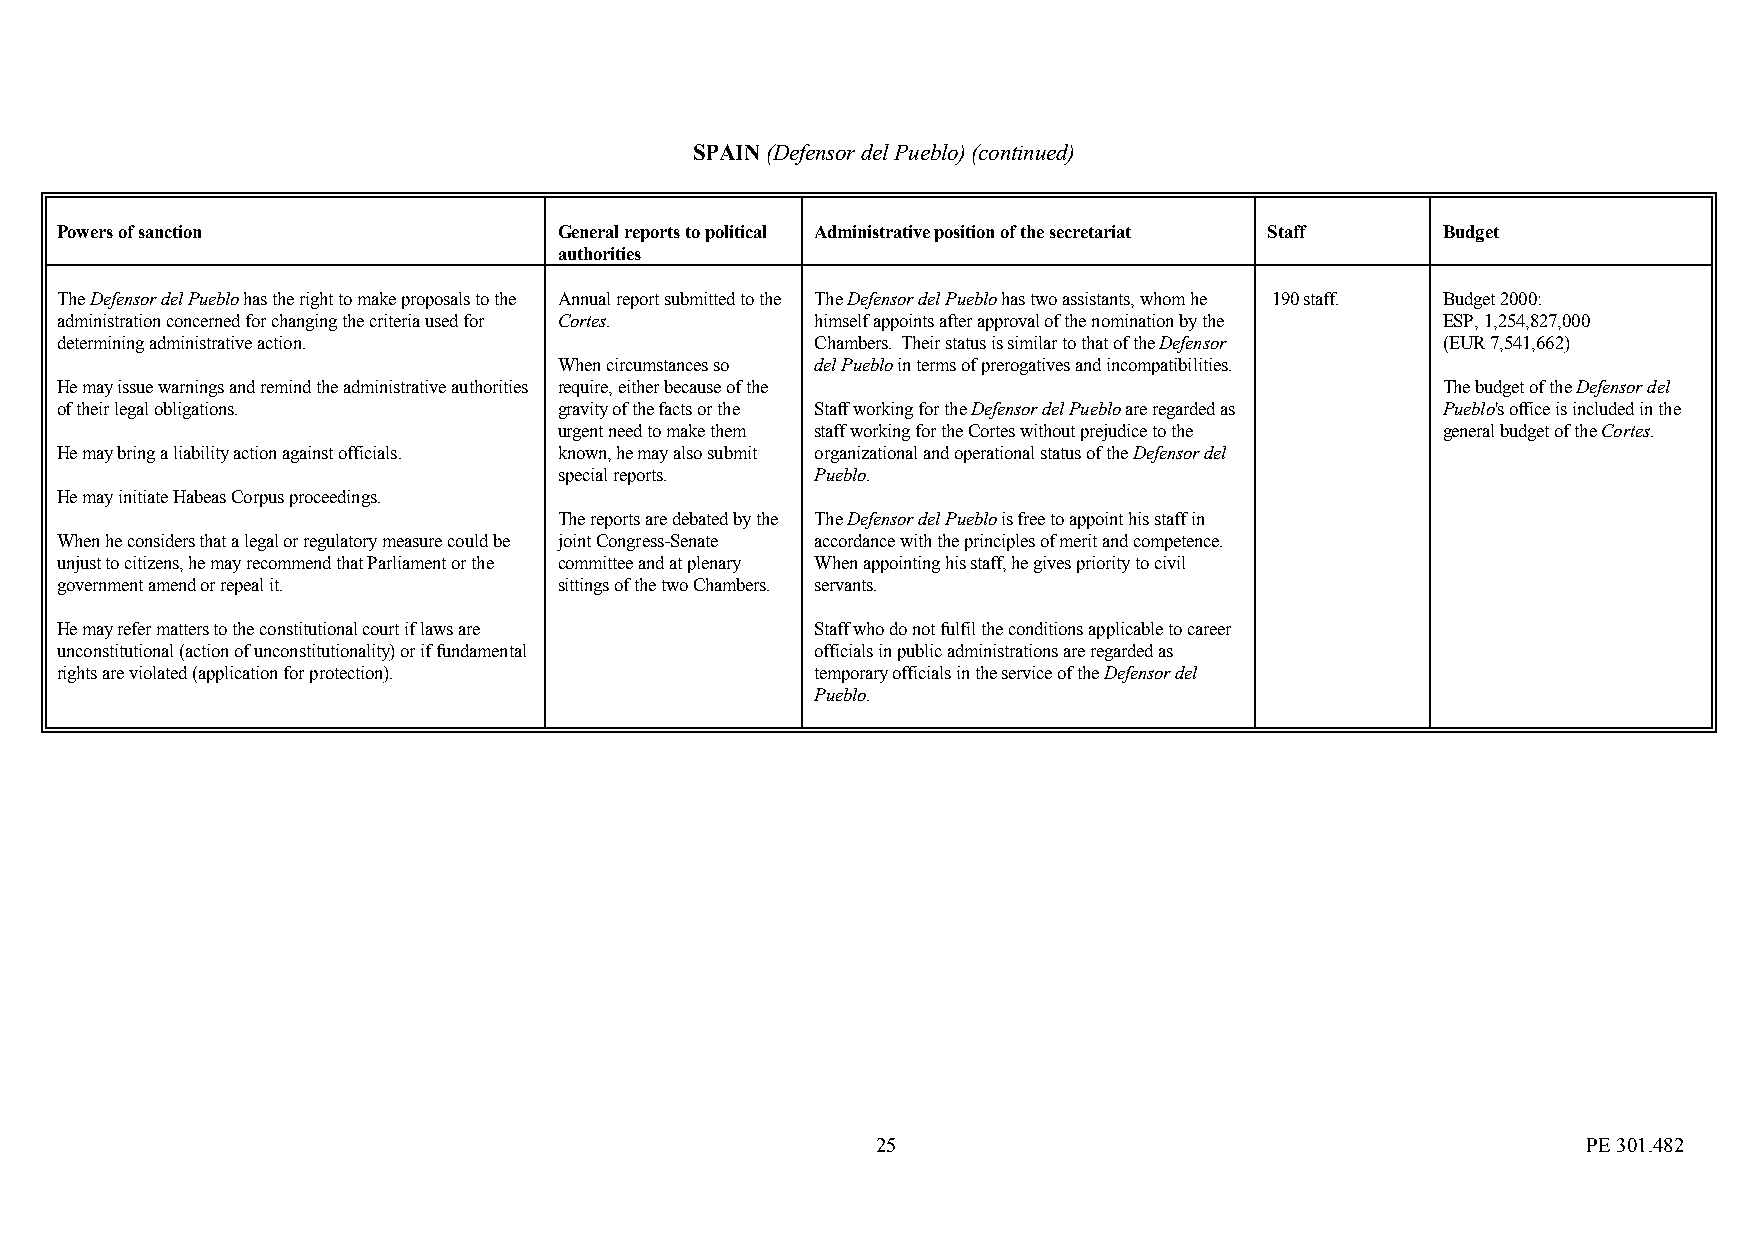
SPAIN (Defensor del Pueblo) (continued)
 Powers of sanction               General reports to political Administrative position of the secretariat Staff Budget
 authorities
 The Defensor del Pueblo has the right to make proposals to the Annual report submitted to the The Defensor del Pueblo has two assistants, whom he 190 staff. Budget 2000:
 administration concerned for changing the criteria used for Cortes. himself appoints after approval of the nomination by the ESP, 1,254,827,000
 determining administrative action.                Chambers. Their status is similar to that of the Defensor (EUR 7,541,662)
 When circumstances so del Pueblo in terms of prerogatives and incompatibilities.
 He may issue warnings and remind the administrative authorities require, either because of the The budget of the Defensor del
 of their legal obligations.      gravity of the facts or the Staff working for the Defensor del Pueblo are regarded as Pueblo's office is included in the
 urgent need to make them staff working for the Cortes without prejudice to the general budget of the Cortes.
 He may bring a liability action against officials. known, he may also submit organizational and operational status of the Defensor del
 special reports. Pueblo.
 He may initiate Habeas Corpus proceedings.
 The reports are debated by the The Defensor del Pueblo is free to appoint his staff in
 When he considers that a legal or regulatory measure could be joint Congress-Senate accordance with the principles of merit and competence.
 unjust to citizens, he may recommend that Parliament or the committee and at plenary When appointing his staff, he gives priority to civil
 government amend or repeal it.   sittings of the two Chambers. servants.
 He may refer matters to the constitutional court if laws are Staff who do not fulfil the conditions applicable to career
 unconstitutional (action of unconstitutionality) or if fundamental officials in public administrations are regarded as
 rights are violated (application for protection). temporary officials in the service of the Defensor del
 Pueblo.
 25                                             PE 301.482